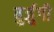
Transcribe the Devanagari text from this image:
बुर्जुगी